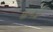
ધાબડી